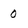
Character: 0